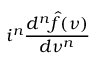
i ^ { n } { \frac { d ^ { n } { \hat { f } } ( \nu ) } { d \nu ^ { n } } }